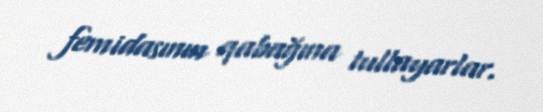
femidasının qabağına tullayarlar.